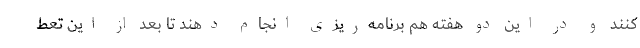
کنند و در این دو هفته هم برنامه‌ریزی انجام دهند تا بعد از این تعط